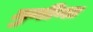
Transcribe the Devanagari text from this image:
मुनीना